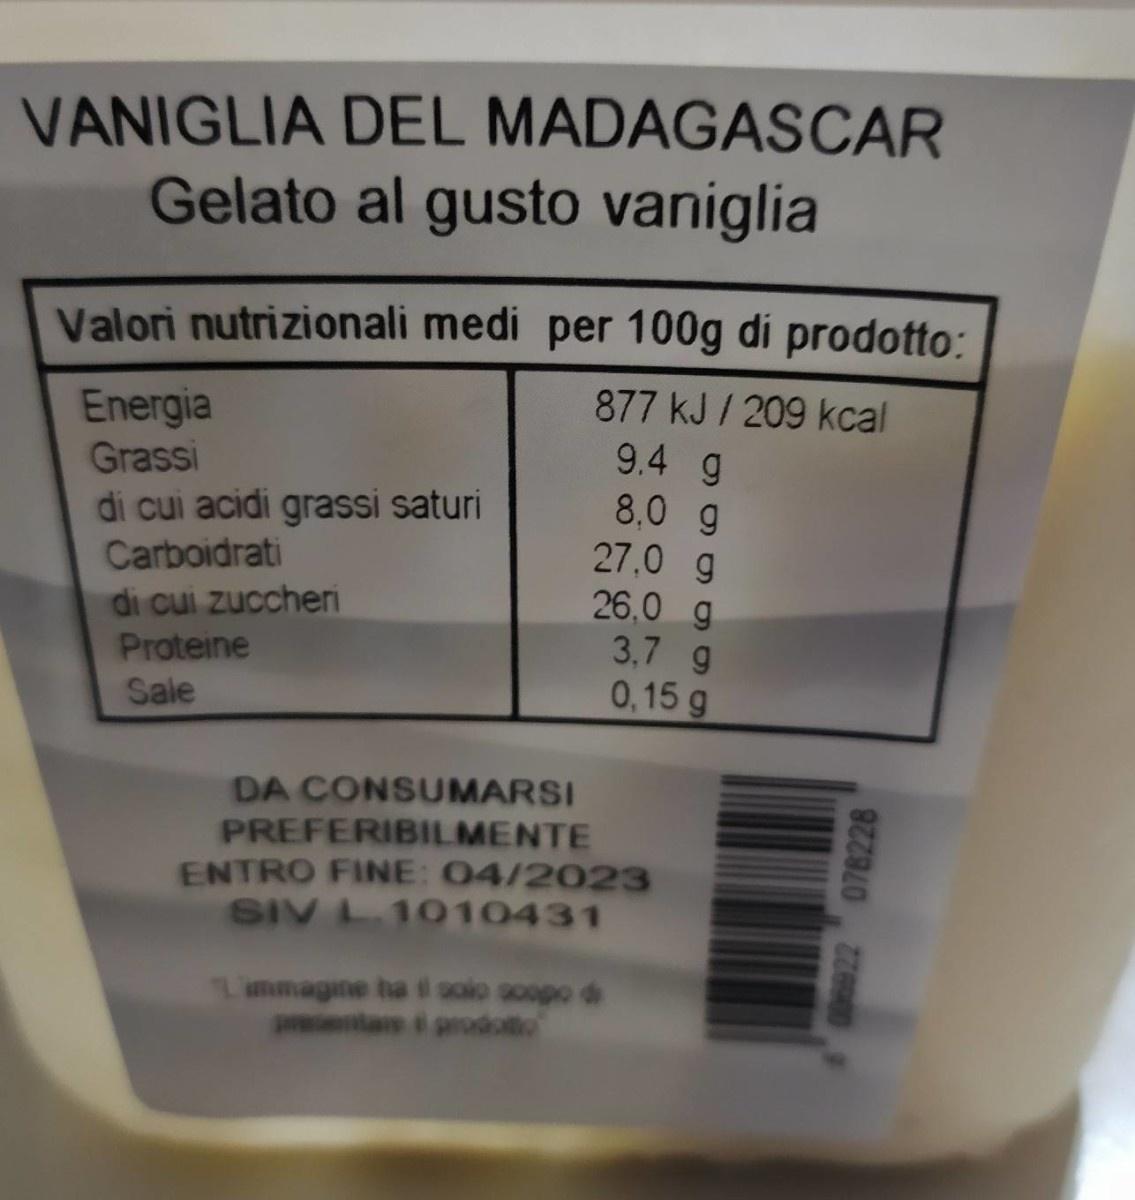
VANIGLIA DEL MADAGASCAR Gelato al gusto vaniglia
Valori nutrizionali medi per 100g di prodotto:
877 kJ / 209 kcal
Energia Grassi di cui acidi grassi saturi Carboidrati
9.4 g 8,0 g 27.0 g 26,0 g 3,7 g 0,15 g
di cui zuccheri Proteine
Sale
DA CONSUMARSI PREFERIBILMENTE ENTRO FINE: 04/2023 SIV L 1010431
Timmagine ha solo soopo d pntae i prodoo
078228